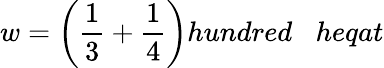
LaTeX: w={\bigg(}{\frac{1}{3}}+{\frac{1}{4}}{\bigg)}hundred\; \; \; heqat